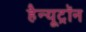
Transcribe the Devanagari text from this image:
हैन्यूट्रॉन